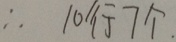
\therefore 1 0 行 7 个 .